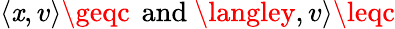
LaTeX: \langle\mathit{x},v\rangle\geqc\, {\mathrm{{~and~}}}\langley,v\rangle\leqc